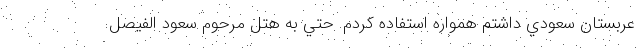
عربستان سعودي داشتم همواره استفاده كردم. حتي به هتل مرحوم سعود الفيصل